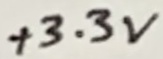
Text: +3.3V